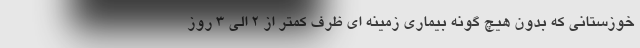
خوزستانی که بدون هیچ گونه بیماری زمینه ای ظرف کمتر از 2 الی 3 روز